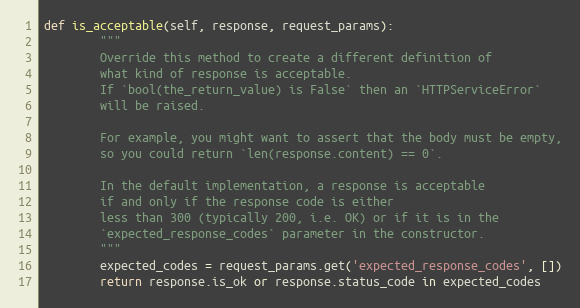
Language: Python
def is_acceptable(self, response, request_params):
        """
        Override this method to create a different definition of
        what kind of response is acceptable.
        If `bool(the_return_value) is False` then an `HTTPServiceError`
        will be raised.

        For example, you might want to assert that the body must be empty,
        so you could return `len(response.content) == 0`.

        In the default implementation, a response is acceptable
        if and only if the response code is either
        less than 300 (typically 200, i.e. OK) or if it is in the
        `expected_response_codes` parameter in the constructor.
        """
        expected_codes = request_params.get('expected_response_codes', [])
        return response.is_ok or response.status_code in expected_codes